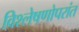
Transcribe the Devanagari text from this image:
विश्लेषणोपरांत